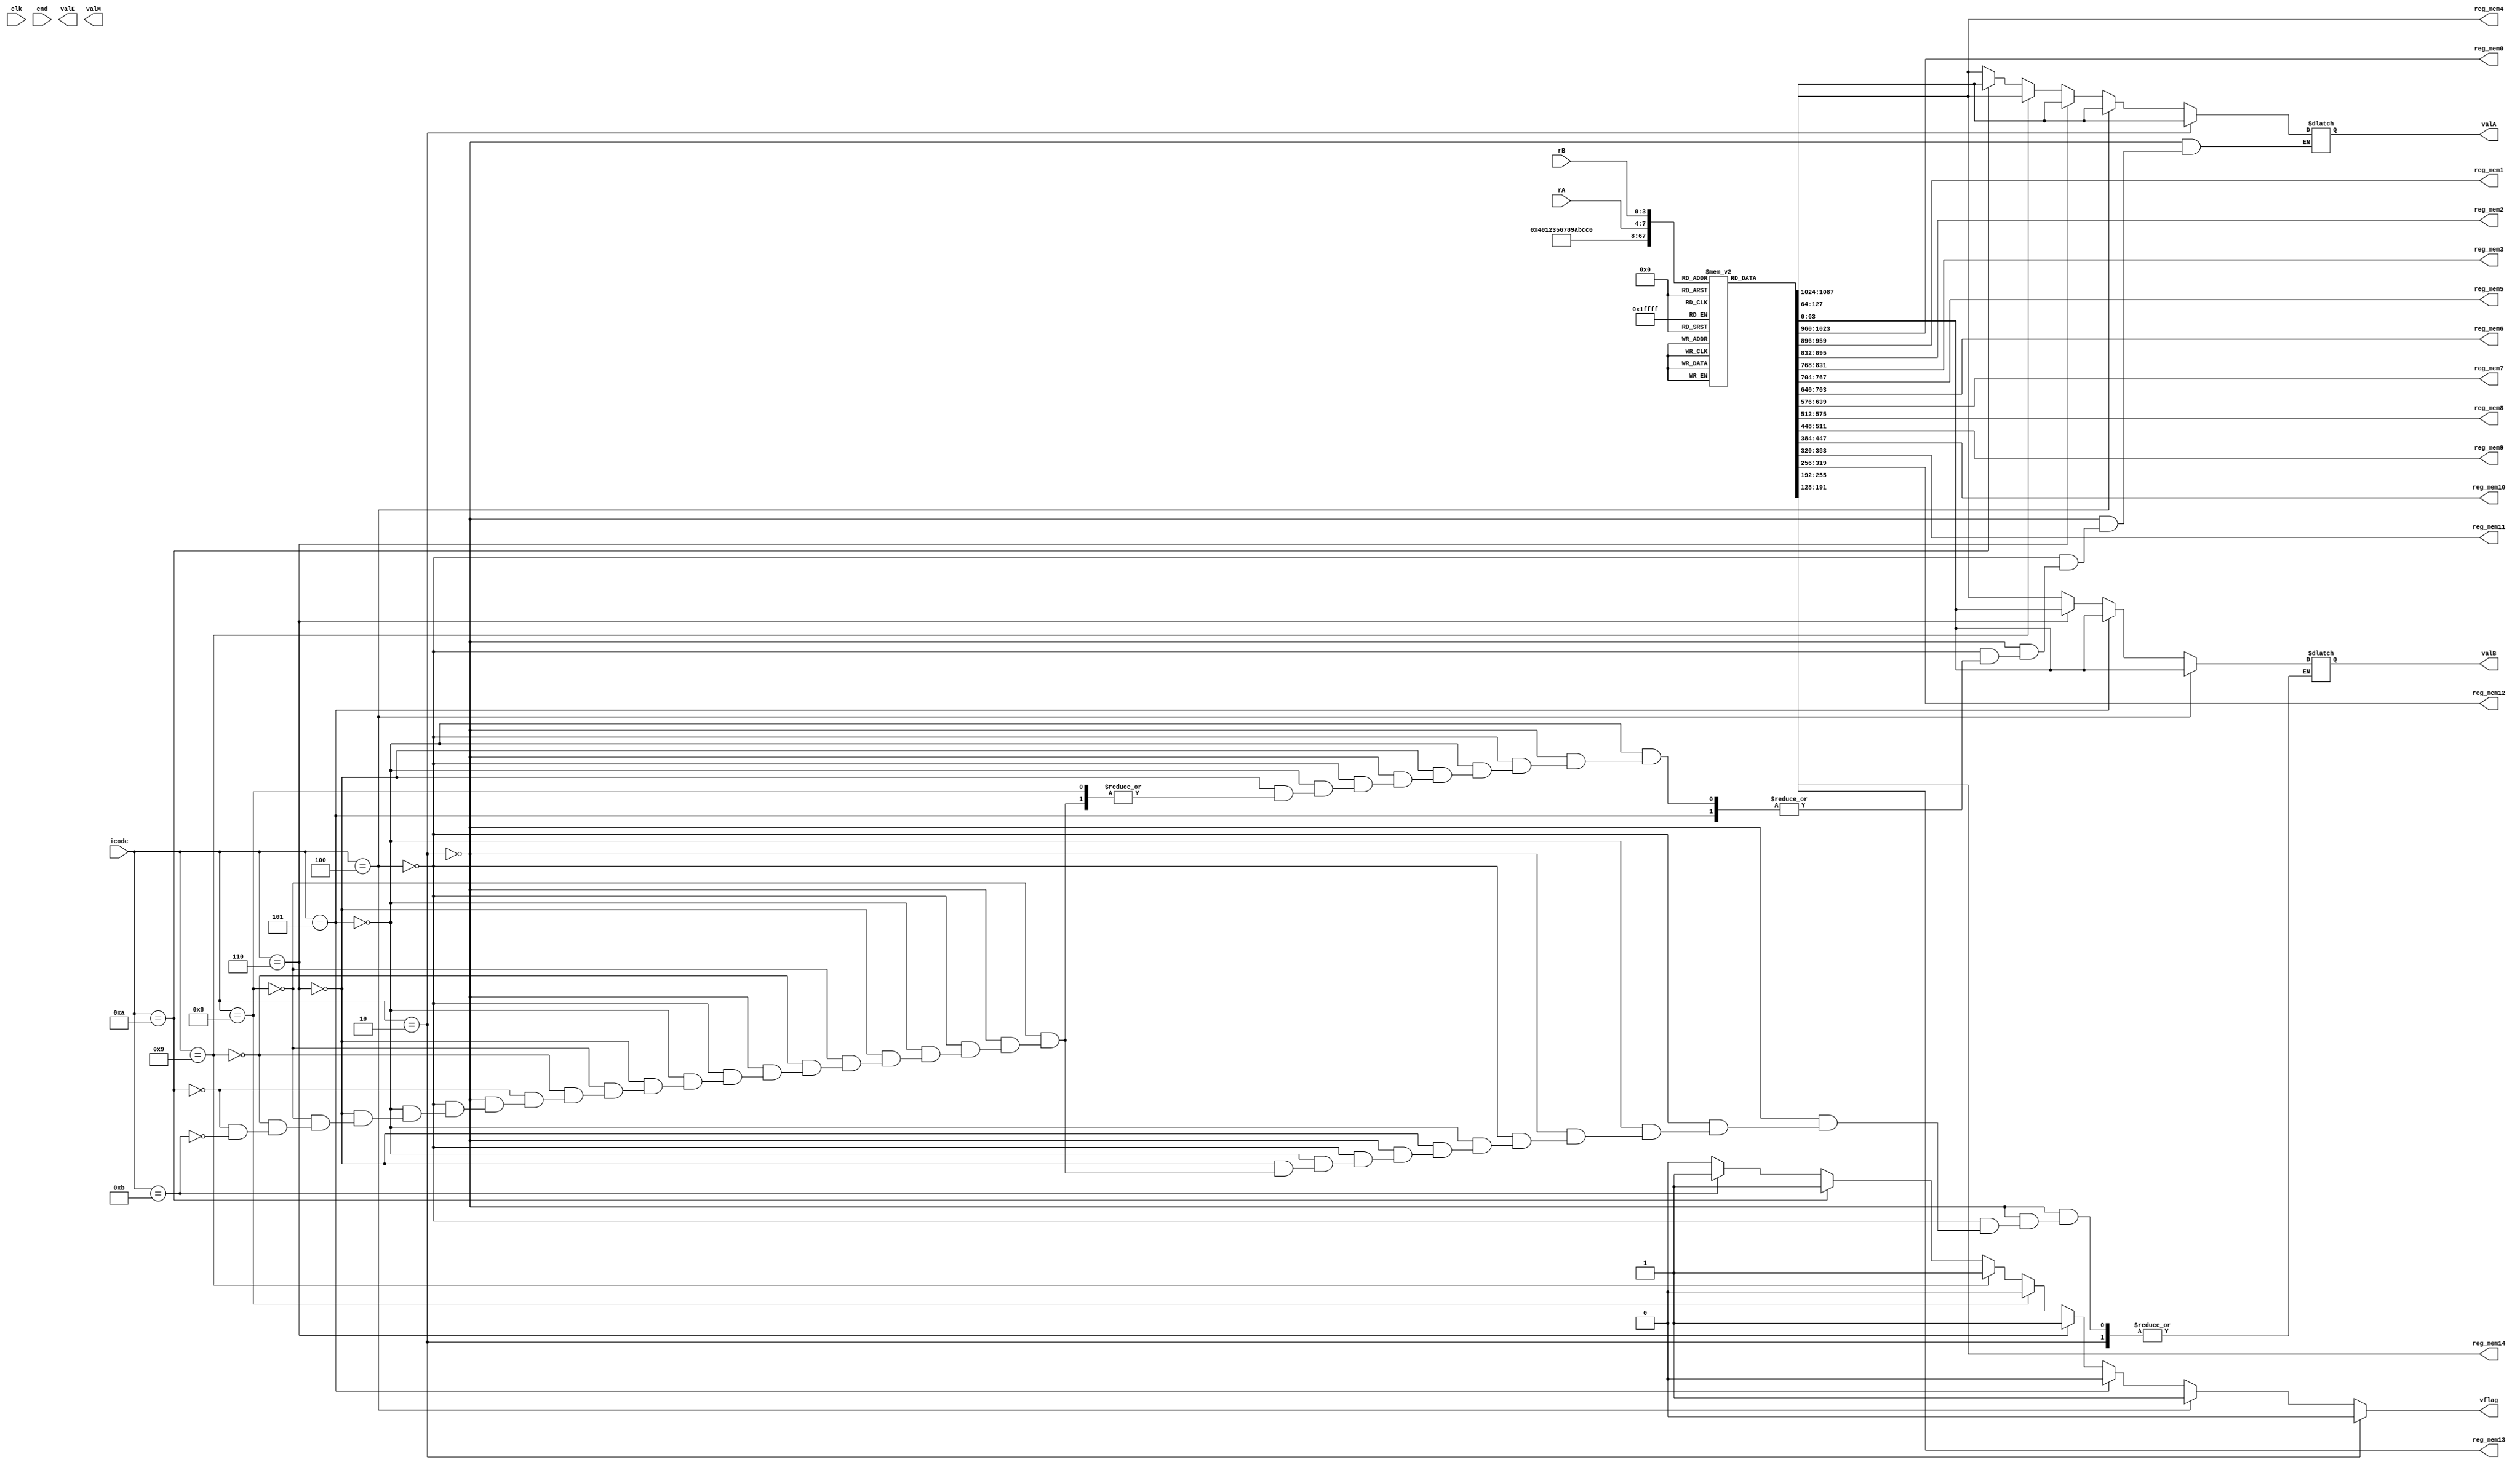
module decode_ins(clk, cnd, icode, rA, rB, valA, valB, vflag, valE, valM, reg_mem0, reg_mem1, reg_mem2, reg_mem3, reg_mem4, reg_mem5, reg_mem6, reg_mem7, reg_mem8, reg_mem9, reg_mem10, reg_mem11, reg_mem12, reg_mem13, reg_mem14);//(
  input clk;
  input cnd;
  input [3:0] icode;
  input [3:0] rA;
  input [3:0] rB;
  output reg [63:0] valA;
  output reg [63:0] valB;
  output reg vflag;
  output reg [63:0] valE;
  output reg [63:0] valM;
  output reg [63:0] reg_mem0;
  output reg [63:0] reg_mem1;
  output reg [63:0] reg_mem2;
  output reg [63:0] reg_mem3;
  output reg [63:0] reg_mem4;
  output reg [63:0] reg_mem5;
  output reg [63:0] reg_mem6;
  output reg [63:0] reg_mem7;
  output reg [63:0] reg_mem8;
  output reg [63:0] reg_mem9;
  output reg [63:0] reg_mem10;
  output reg [63:0] reg_mem11;
  output reg [63:0] reg_mem12;
  output reg [63:0] reg_mem13;
  output reg [63:0] reg_mem14;
//);

  // lil buffer
  reg [63:0] reg_mem[0:14];
  
  initial begin
	reg_mem[0]=64'd0;
    reg_mem[1]=64'd1;
    reg_mem[2]=64'd2;
    reg_mem[3]=64'd3;
    reg_mem[4]=64'd4;
    reg_mem[5]=64'd5;
    reg_mem[6]=64'd6;
    reg_mem[7]=64'd7;
    reg_mem[8]=64'd8;
    reg_mem[9]=64'd9;
    reg_mem[10]=64'd10;
    reg_mem[11]=64'd11;
    reg_mem[12]=64'd12;
    reg_mem[13]=64'd13;
    reg_mem[14]=64'd14;
  end

  always@(*)
  begin
	vflag=0;
	//cmovxx
    if(icode==4'b0010) 
    begin
      valA=reg_mem[rA];
    end
	//rmmovq
    else if(icode==4'b0100) 
    begin
      valA=reg_mem[rA];
      valB=reg_mem[rB];
	  vflag=1;
    end
	//mrmovq
    else if(icode==4'b0101) 
    begin
      valB=reg_mem[rB];
    end
	//OPq
    else if(icode==4'b0110) 
    begin
      valA=reg_mem[rA];
      valB=reg_mem[rB];
	  vflag=1;
    end
	//call
    else if(icode==4'b1000) 
    begin
      valB=reg_mem[4]; //rsp
    end
	//ret
    else if(icode==4'b1001) 
    begin
      valA=reg_mem[4]; //rsp
      valB=reg_mem[4]; //rsp
	  vflag=1;
    end
	//pushq
    else if(icode==4'b1010) 
    begin
      valA=reg_mem[rA];
      valB=reg_mem[4]; //rsp
	  vflag=1;
    end
	//popq
    else if(icode==4'b1011) 
    begin
      valA=reg_mem[4]; //rsp
      valB=reg_mem[4]; //rsp
	  vflag=1;
    end
	
	// write from buffer to registers
    reg_mem0=reg_mem[0];
    reg_mem1=reg_mem[1];
    reg_mem2=reg_mem[2];
    reg_mem3=reg_mem[3];
    reg_mem4=reg_mem[4];
    reg_mem5=reg_mem[5];
    reg_mem6=reg_mem[6];
    reg_mem7=reg_mem[7];
    reg_mem8=reg_mem[8];
    reg_mem9=reg_mem[9];
    reg_mem10=reg_mem[10];
    reg_mem11=reg_mem[11];
    reg_mem12=reg_mem[12];
    reg_mem13=reg_mem[13];
    reg_mem14=reg_mem[14];
	
	$display("reg%d=%x, reg%d=%x", rA, reg_mem[rA], rB, reg_mem[rB]);
	
  end

endmodule